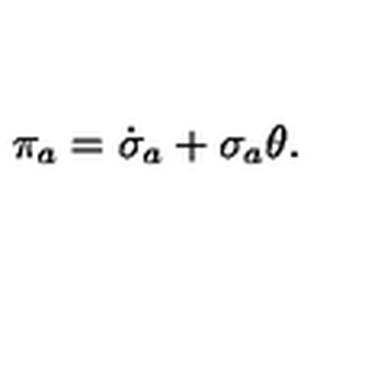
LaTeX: \pi _ { a } = \dot { \sigma } _ { a } + \sigma _ { a } \theta .